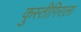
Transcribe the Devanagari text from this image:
कुस्तीगिराला